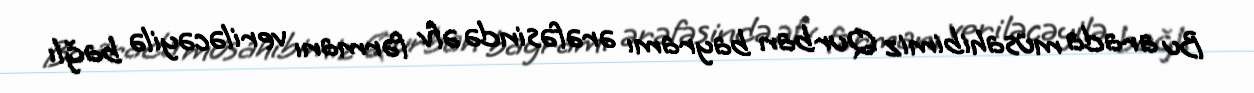
Bu arada müsahibimiz Qurban bayramı ərəfəsində əfv fərmanı veriləcəyilə bağlı